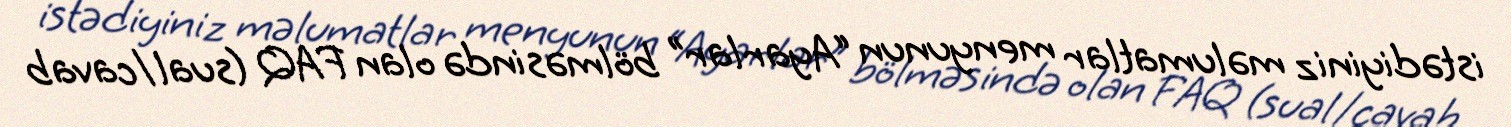
istədiyiniz məlumatlar menyunun “Ayarlar” bölməsində olan FAQ (sual/cavab